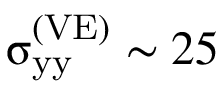
{ \upsigma } _ { \mathrm { y y } } ^ { \left( \mathrm { V E } \right) } \sim 2 5